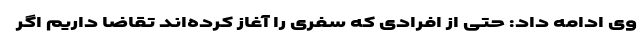
وی ادامه داد: حتی از افرادی که سفری را آغاز کرده‌اند تقاضا داریم اگر